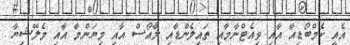
އެއީ ކެމްބޯޑިއާ އާއި ވިއެޓްނާމާއި ތައިލެންޑާއި ލާއޯސް އާއި މިޔަންމާ އާއި މެލޭޝިޔާ